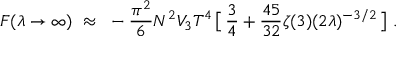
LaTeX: { } F ( \lambda \to \infty ) ~ \approx ~ - \frac { \pi ^ { 2 } } { 6 } N ^ { 2 } V _ { 3 } T ^ { 4 } \, \big [ \, \frac { 3 } { 4 } + \frac { 4 5 } { 3 2 } \zeta ( 3 ) ( 2 \lambda ) ^ { - 3 / 2 } \, \big ] \ .